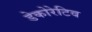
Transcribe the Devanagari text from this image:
डेकोरेटिव